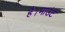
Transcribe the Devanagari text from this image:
है।माउंट